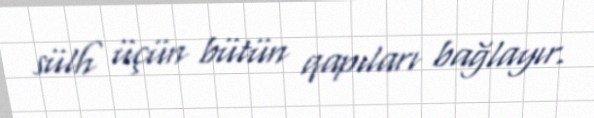
sülh üçün bütün qapıları bağlayır.